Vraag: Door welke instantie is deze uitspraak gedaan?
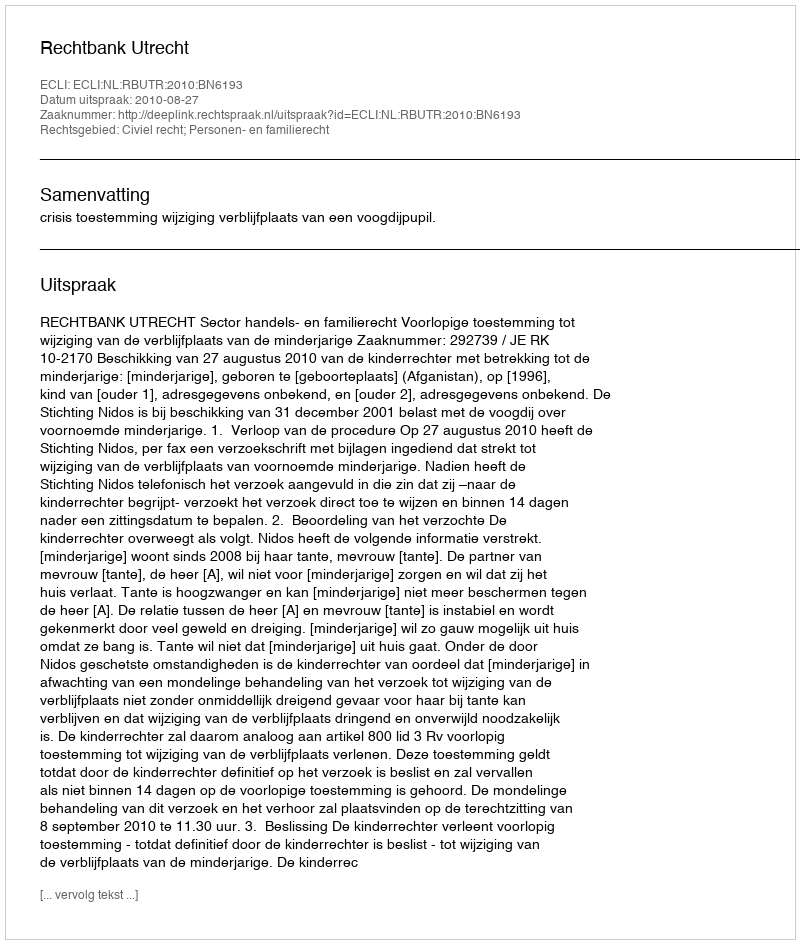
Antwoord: Rechtbank Utrecht